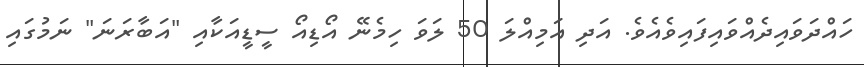
ހައްދަވައިދެއްވައިފައިވެއެވެ. އަދި އަމިއްލަ 50 ލަވަ ހިމެނޭ އޯޑިއޯ ސީޑީއަކާއި "އަބާރަނަ" ނަމުގައި